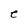
Character: e